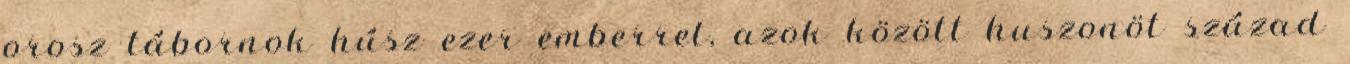
orosz tábornok húsz ezer emberrel, azok között huszonöt század